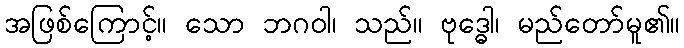
အဖြစ်ကြောင့်။ သော ဘဂဝါ၊ သည်။ ဗုဒ္ဓေါ၊ မည်တော်မူ၏။